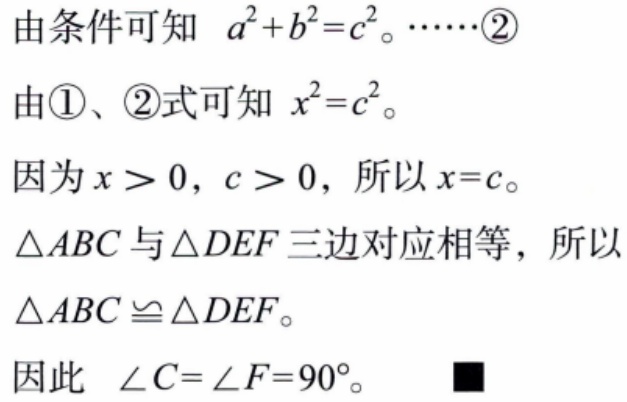
由条件可知 \(a^{2}+b^{2}=c^{2}\)。……\textcircled{2}
由\textcircled{1}、\textcircled{2}式可知 \(x^{2}=c^{2}\)。
因为 \(x > 0\)，\(c > 0\)，所以 \(x = c\)。
\(\triangle ABC\) 与 \(\triangle DEF\) 三边对应相等，所以
\(\triangle ABC\cong\triangle DEF\)。
因此 \(\angle C=\angle F = 90^{\circ}\)。■